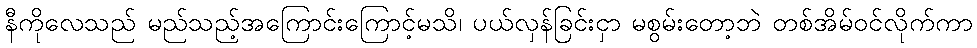
နီကိုလေသည် မည်သည့်အကြောင်းကြောင့်မသိ၊ ပယ်လှန်ခြင်းငှာ မစွမ်းတော့ဘဲ တစ်အိမ်ဝင်လိုက်ကာ